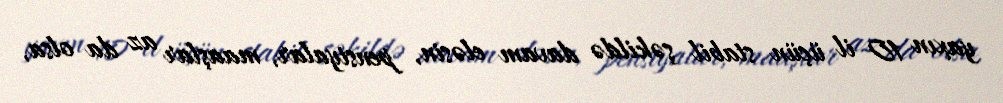
yaxın 10 il üçün stabil şəkildə davam eləsin, pensiyalar, maaşlar az da olsa,